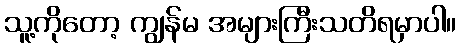
သူ့ကိုတော့ ကျွန်မ အများကြီးသတိရမှာပါ။